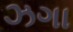
ઝગા